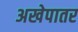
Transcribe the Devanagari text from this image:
अखेपातर